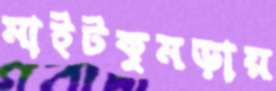
মাইটকুমড়ায়